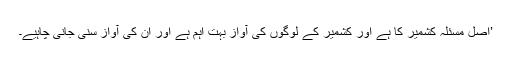
’اصل مسئلہ کشمیر کا ہے اور کشمیر کے لوگوں کی آواز بہت اہم ہے اور ان کی آواز سنی جانی چاہیے۔